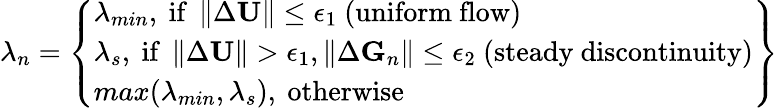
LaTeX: \lambda_{n}=\left\{ \begin{array}{l}{\lambda_{min},\mathrm{~if~}\left\| \Delta\textbf{U}\right\| \leq\epsilon_{1}\mathrm{~(uniform~flow)}}\\ {\lambda_{s},\mathrm{~if~}\left\| \Delta\textbf{U}\right\| >\epsilon_{1},\left\| \Delta\textbf{G}_{n}\right\| \leq\epsilon_{2}\mathrm{~(steady~discontinuity)}}\\ {max(\lambda_{min},\lambda_{s}),\mathrm{~otherwise}}\end{array}\right\}